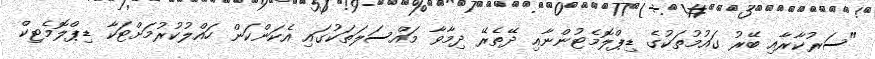
"ސަރުކާރާއި ބޭރު ގައުމުތަކުގެ ޑިޕްލޮމެޓުންނާއި ދޭތެރޭ ދިމާވާ މައްސަލަތަކުގައި އެކަންކަން ހައްލުކުރުމަށްޓަކާ ޑިޕްލޮމެޓިކް